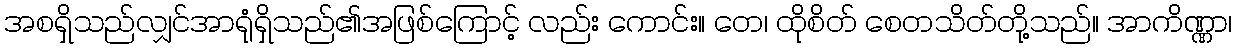
အစရှိသည်လျှင်အာရုံရှိသည်၏အဖြစ်ကြောင့် လည်း ကောင်း။ တေ၊ ထိုစိတ် စေတသိတ်တို့သည်။ အာကိဏ္ဏာ၊